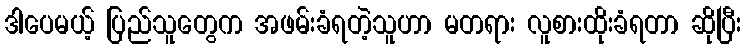
ဒါပေမယ့် ပြည်သူတွေက အဖမ်းခံရတဲ့သူဟာ မတရား လူစားထိုးခံရတာ ဆိုပြီး